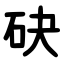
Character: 砄